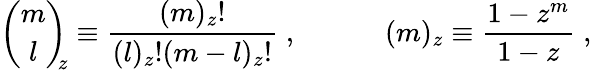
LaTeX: {\binom{m}{l}}_{\! \! z}\equiv\frac{(m)_{z}!}{(l)_{z}!(m-l)_{z}!}\; ,\; \; \; \; \; \; \; \; \; \; \; (m)_{z}\equiv\frac{1-z^{m}}{1-z}\; ,